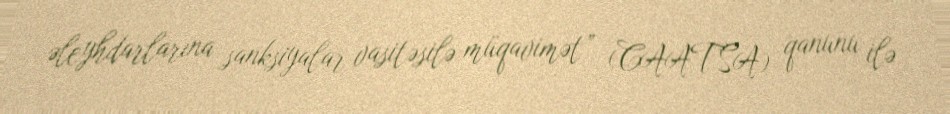
əleyhdarlarına sanksiyalar vasitəsilə müqavimət” (CAATSA) qanunu ilə